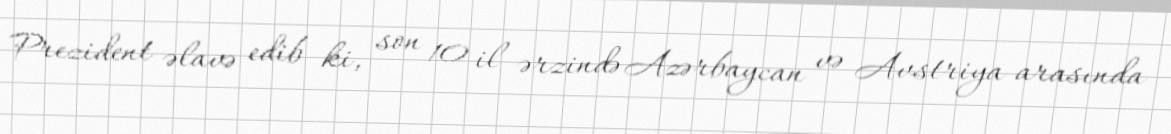
Prezident əlavə edib ki, son 10 il ərzində Azərbaycan və Avstriya arasında